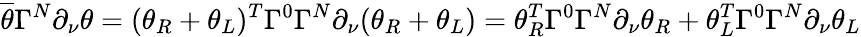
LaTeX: \overline{{{\theta}}}\Gamma^{N}\partial_{\nu}\theta=(\theta_{R}+\theta_{L})^{T}\Gamma^{0}\Gamma^{N}\partial_{\nu}(\theta_{R}+\theta_{L})=\theta_{R}^{T}\Gamma^{0}\Gamma^{N}\partial_{\nu}\theta_{R}+\theta_{L}^{T}\Gamma^{0}\Gamma^{N}\partial_{\nu}\theta_{L}